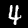
Digit: 4